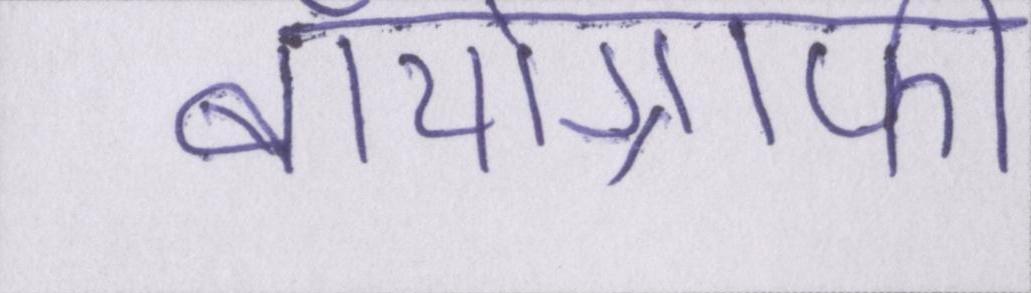
बॉयोग्राफी